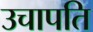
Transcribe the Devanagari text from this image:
उचापति